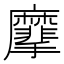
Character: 𪎮